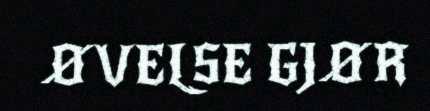
ØVELSE GJØR